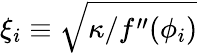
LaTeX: \xi_{i}\equiv\sqrt{\kappa/f^{\prime\prime}(\phi_{i})}